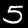
Digit: 5